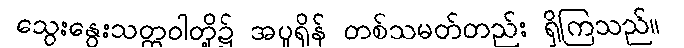
သွေးနွေးသတ္တဝါတို့၌ အပူရှိန် တစ်သမတ်တည်း ရှိကြသည်။